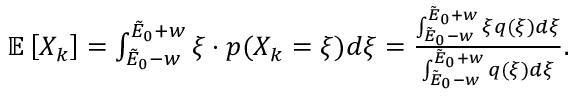
\begin{array} { r } { \mathbb { E } \left[ X _ { k } \right] = \int _ { \tilde { E } _ { 0 } - w } ^ { \tilde { E } _ { 0 } + w } \xi \cdot p ( X _ { k } = \xi ) d \xi = \frac { \int _ { \tilde { E } _ { 0 } - w } ^ { \tilde { E } _ { 0 } + w } \xi q ( \xi ) d \xi } { \int _ { \tilde { E } _ { 0 } - w } ^ { \tilde { E } _ { 0 } + w } q ( \xi ) d \xi } . } \end{array}